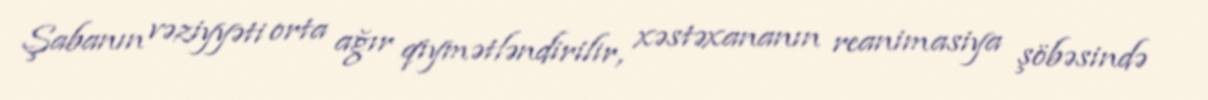
Şabanın vəziyyəti orta ağır qiymətləndirilir, xəstəxananın reanimasiya şöbəsində